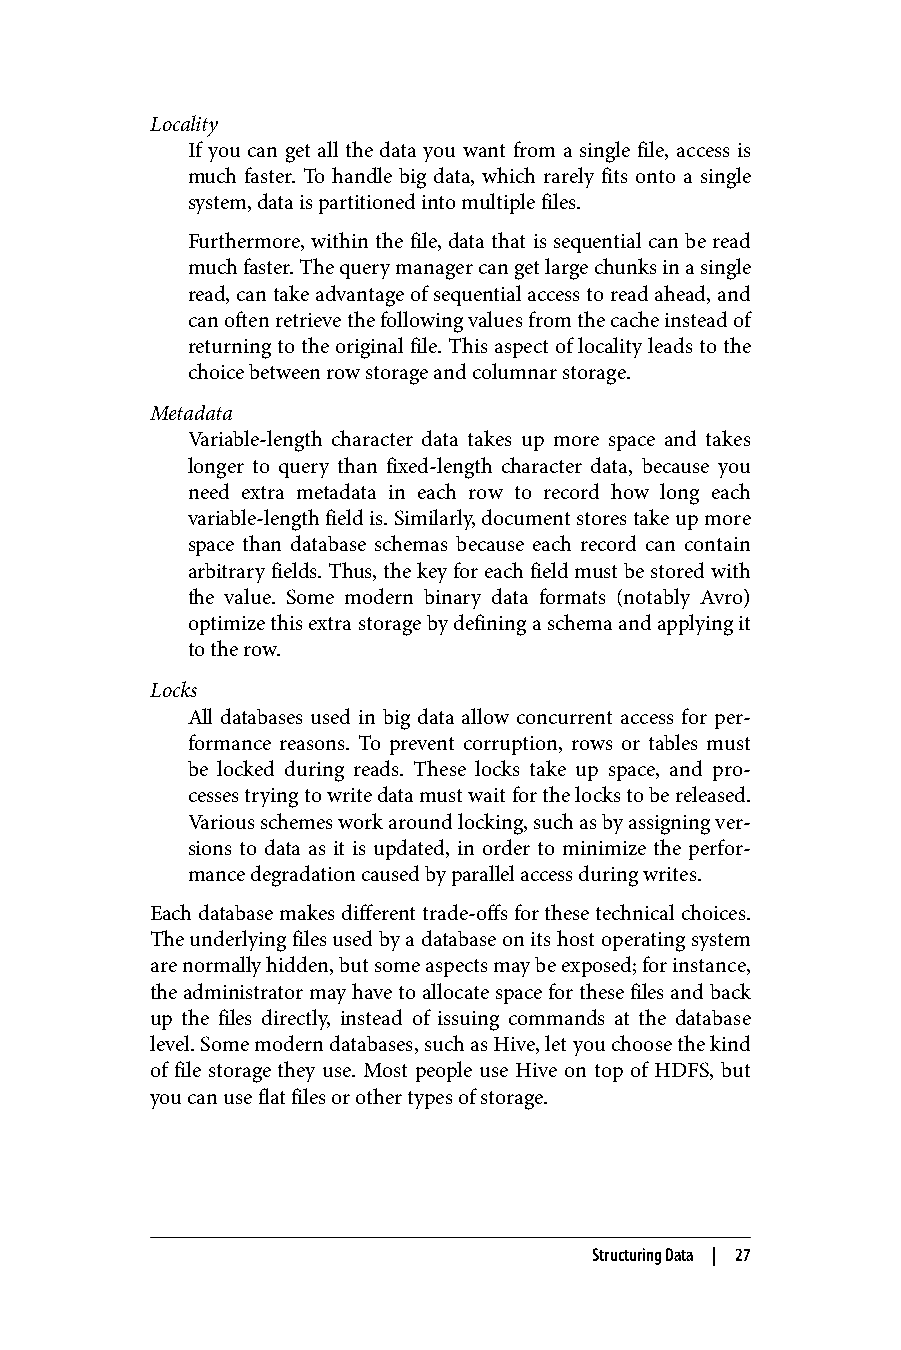
Locality
 If you can get all the data you want from a single file, access is
 much faster. To handle big data, which rarely fits onto a single
 system, data is partitioned into multiple files.
 Furthermore, within the file, data that is sequential can be read
 much faster. The query manager can get large chunks in a single
 read, can take advantage of sequential access to read ahead, and
 can often retrieve the following values from the cache instead of
 returning to the original file. This aspect of locality leads to the
 choice between row storage and columnar storage.
 Metadata
 Variable-length character data takes up more space and takes
 longer to query than fixed-length character data, because you
 need extra metadata in each row to record how long each
 variable-length field is. Similarly, document stores take up more
 space than database schemas because each record can contain
 arbitrary fields. Thus, the key for each field must be stored with
 the value. Some modern binary data formats (notably Avro)
 optimize this extra storage by defining a schema and applying it
 to the row.
 Locks
 All databases used in big data allow concurrent access for per‐
 formance reasons. To prevent corruption, rows or tables must
 be locked during reads. These locks take up space, and pro‐
 cesses trying to write data must wait for the locks to be released.
 Various schemes work around locking, such as by assigning ver‐
 sions to data as it is updated, in order to minimize the perfor‐
 mance degradation caused by parallel access during writes.
 Each database makes different trade-offs for these technical choices.
 The underlying files used by a database on its host operating system
 are normally hidden, but some aspects may be exposed; for instance,
 the administrator may have to allocate space for these files and back
 up the files directly, instead of issuing commands at the database
 level. Some modern databases, such as Hive, let you choose the kind
 of file storage they use. Most people use Hive on top of HDFS, but
 you can use flat files or other types of storage.
 Structuring Data | 27